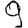
Digit: 9